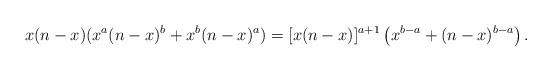
LaTeX: \begin{align*} x(n-x)(x^a(n-x)^b + x^b(n-x)^a) = [x(n-x)]^{a+1} \left( x^{b-a} + (n-x)^{b-a} \right).\end{align*}